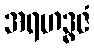
အရဟဒ္ဓဇံ